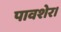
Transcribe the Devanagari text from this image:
पावशेर।